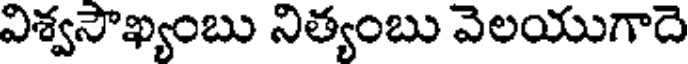
విశ్వసౌఖ్యంబు నిత్యంబు వెలయుగాదె